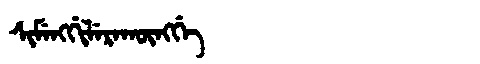
Manchu: ᠰᡳᠮᡝᠩᡤᡳᠯᡝᡵᠠᡴᡡᠩᡤᡝ
Romanization: SIMENGGILERAKŪNGGE